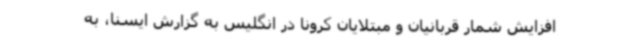
افزایش شمار قربانیان و مبتلایان کرونا در انگلیس به گزارش ایسنا، به